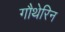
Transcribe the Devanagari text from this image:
गौथेरिन